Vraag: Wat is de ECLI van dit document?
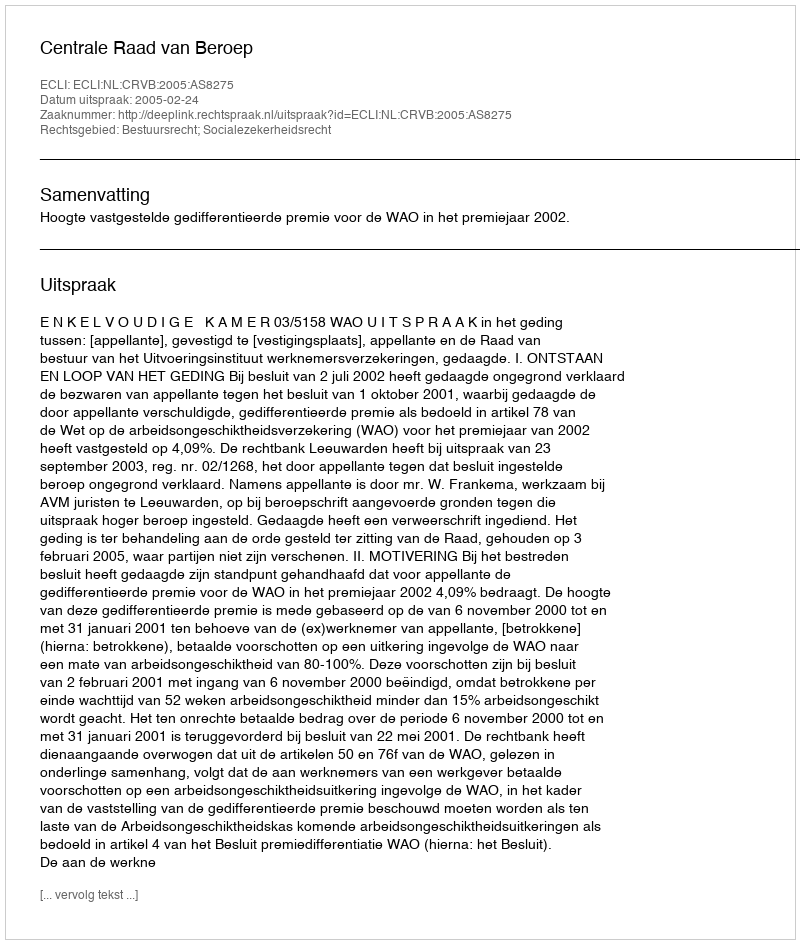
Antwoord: ECLI:NL:CRVB:2005:AS8275